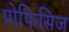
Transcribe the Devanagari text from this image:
प्रोफिसिज